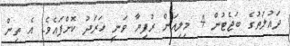
ދައުލަތުގެ ބަޖެޓުން 4 މިލިއަން ރުފިޔާ ވަނީ ޚަރަދު ކޮށްފައެވެ. އެ ތިން